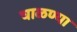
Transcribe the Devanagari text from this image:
चाळण्या